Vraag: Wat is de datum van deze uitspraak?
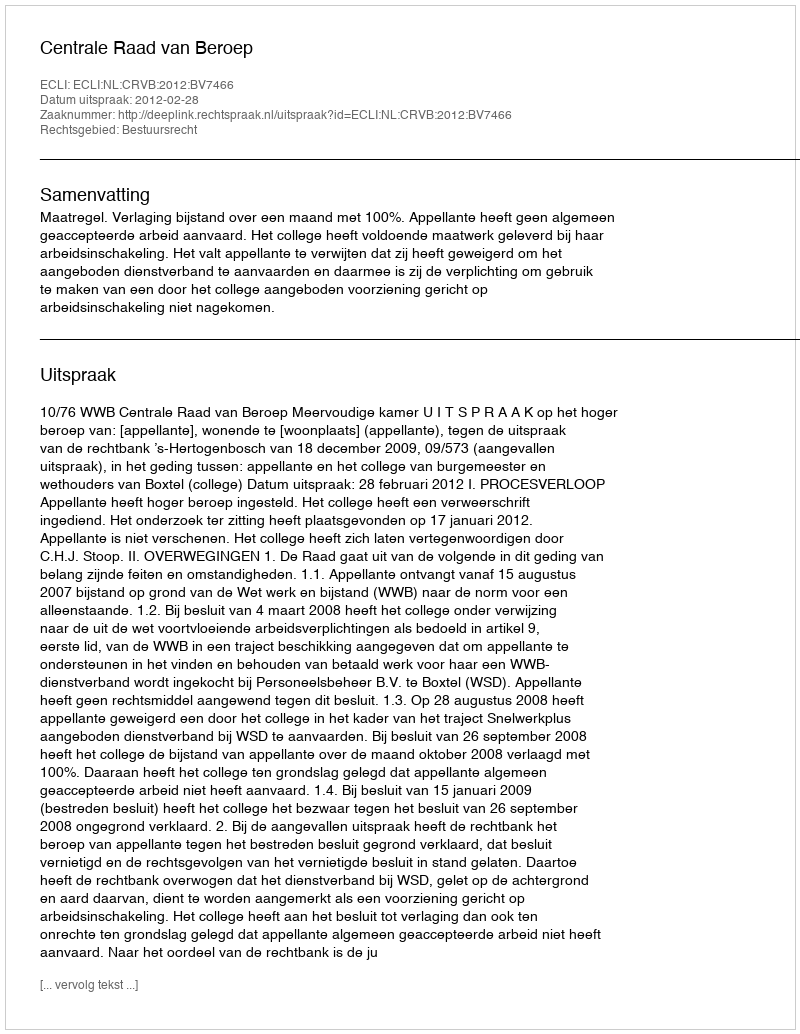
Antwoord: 2012-02-28